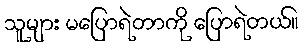
သူများ မပြောရဲတာကို ပြောရဲတယ်။